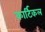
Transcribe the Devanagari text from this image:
कार्टिकल